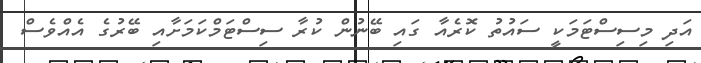
އަދި މިސިސްޓަމަކީ ސައުތު ކޮރެއާ ގައި ބޭނުން ކުރާ ސިސްޓަމްކަމަށާއި ބޭރުގެ އެއްވެސް